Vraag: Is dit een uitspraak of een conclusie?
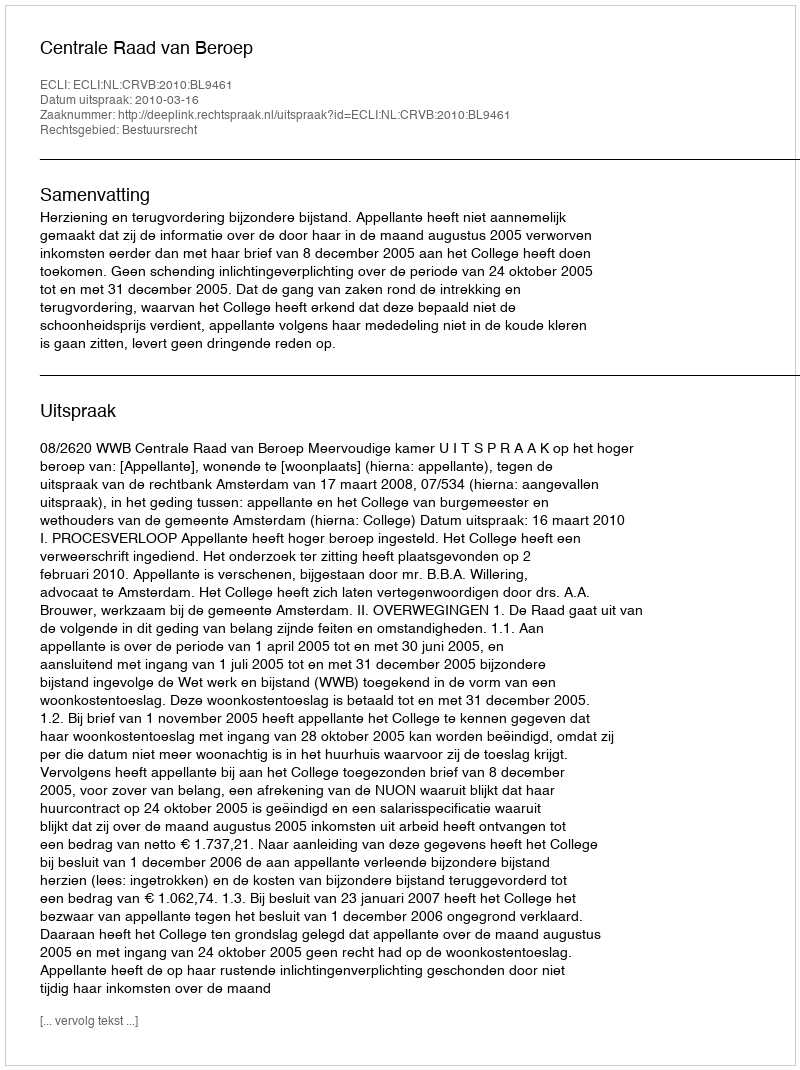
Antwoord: Uitspraak